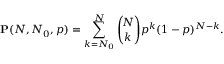
\mathbf { P } ( N , N _ { 0 } , p ) = \sum _ { k = N _ { 0 } } ^ { N } \binom { \! N } { \! k } p ^ { k } ( 1 - p ) ^ { N - k } .